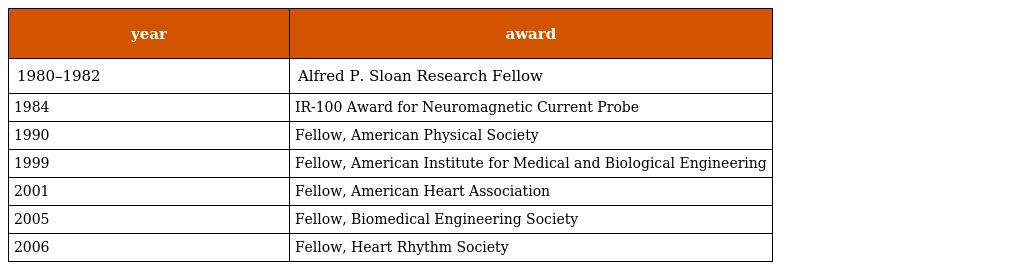
| year | award |
 | --- | --- |
 | 1980–1982 | Alfred P. Sloan Research Fellow |
 | 1984 | IR-100 Award for Neuromagnetic Current Probe |
 | 1990 | Fellow, American Physical Society |
 | 1999 | Fellow, American Institute for Medical and Biological Engineering |
 | 2001 | Fellow, American Heart Association |
 | 2005 | Fellow, Biomedical Engineering Society |
 | 2006 | Fellow, Heart Rhythm Society |